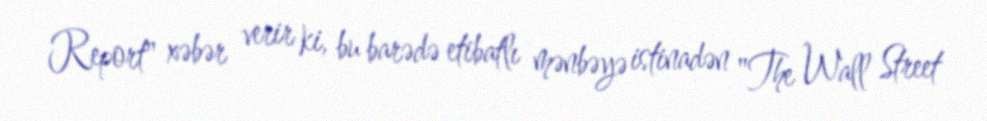
Report" xəbər verir ki, bu barədə etibatlı mənbəyə istinadən "The Wall Street